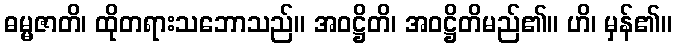
ဓမ္မဇာတိ၊ ထိုတရားသဘောသည်။ အဝဋ္ဌိတိ၊ အဝဋ္ဌိတိမည်၏။ ဟိ၊ မှန်၏။